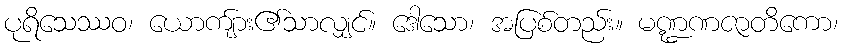
ပုရိသေဿဝ၊ ယောကျ်ား၏သာလျှင်။ ဒေါသော၊ အပြစ်တည်း။ မဏ္ဍဏဇာတိကော၊